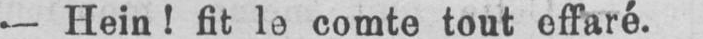
-- Hein! fit le comte tout effaré.